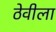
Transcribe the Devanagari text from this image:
ठेवीला